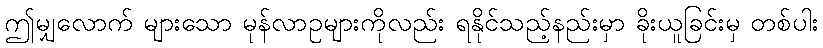
ဤမျှလောက် များသော မုန်လာဥများကိုလည်း ရနိုင်သည့်နည်းမှာ ခိုးယူခြင်းမှ တစ်ပါး